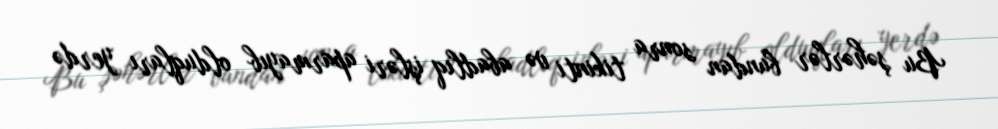
Bu şəhərlər bundan sonra tikinti və abadlıq işləri aparmayıb olduqları yerdə